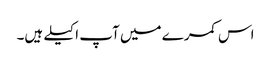
اس کمرے میں آپ اکیلے ہیں۔